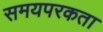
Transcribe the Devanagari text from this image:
समयपरकता